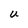
Character: U